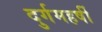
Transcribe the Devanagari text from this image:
दुर्गमहर्षी